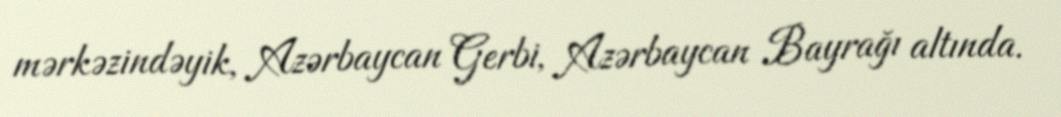
mərkəzindəyik, Azərbaycan Gerbi, Azərbaycan Bayrağı altında.